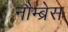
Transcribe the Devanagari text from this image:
नौम्ब्रेस